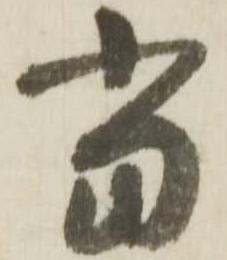
当